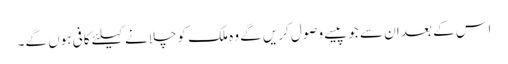
اس کے بعد ان سے جوپیسے وصول کریں گے وہ ملک کو چلانے کیلئے کافی ہوں گے۔